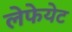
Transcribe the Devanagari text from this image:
लेफेयेट